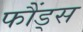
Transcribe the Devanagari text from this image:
फौंड्स